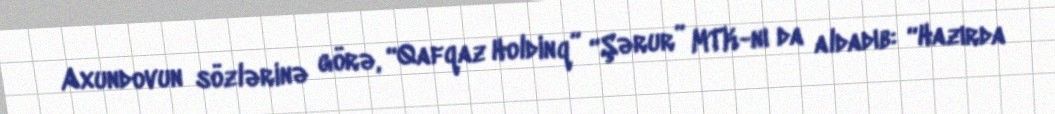
Axundovun sözlərinə görə, “Qafqaz Holdinq” “Şərur” MTK-nı da aldadıb: “Hazırda